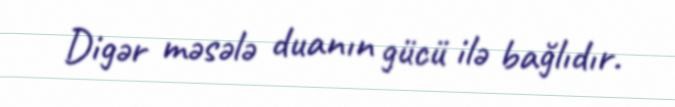
Digər məsələ duanın gücü ilə bağlıdır.